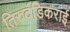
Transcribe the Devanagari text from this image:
तिरुदंडिकराई